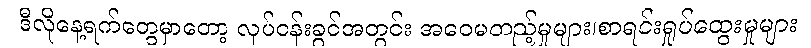
ဒီလိုနေ့ရက်တွေမှာတော့ လုပ်ငန်းခွင်အတွင်း အဝေမတည့်မှုများ၊စာရင်းရှုပ်ထွေးမှုများ